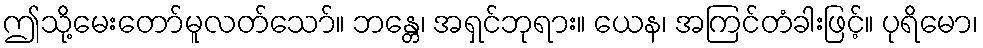
ဤသို့မေးတော်မူလတ်သော်။ ဘန္တေ၊ အရှင်ဘုရား။ ယေန၊ အကြင်တံခါးဖြင့်။ ပုရိမော၊